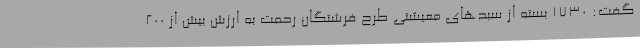
گفت: 1730 بسته از سبدهای معیشتی طرح فرشتگان رحمت به ارزش بیش از 200